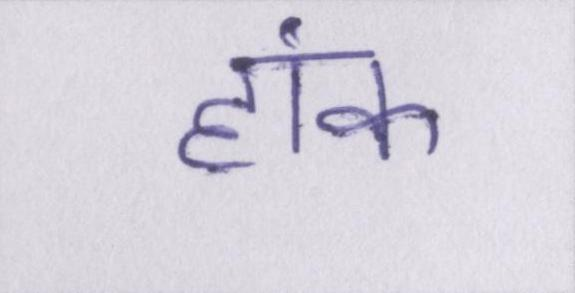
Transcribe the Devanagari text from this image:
हांक